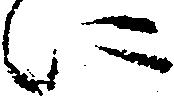
に